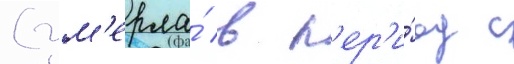
(ум'ерла́ в п'ер'и́од с